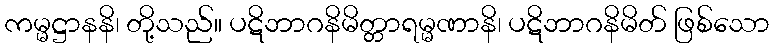
ကမ္မဋ္ဌာနနိ၊ တို့သည်။ ပဋိဘာဂနိမိတ္တာရမ္မဏာနိ၊ ပဋိဘာဂနိမိတ် ဖြစ်သော